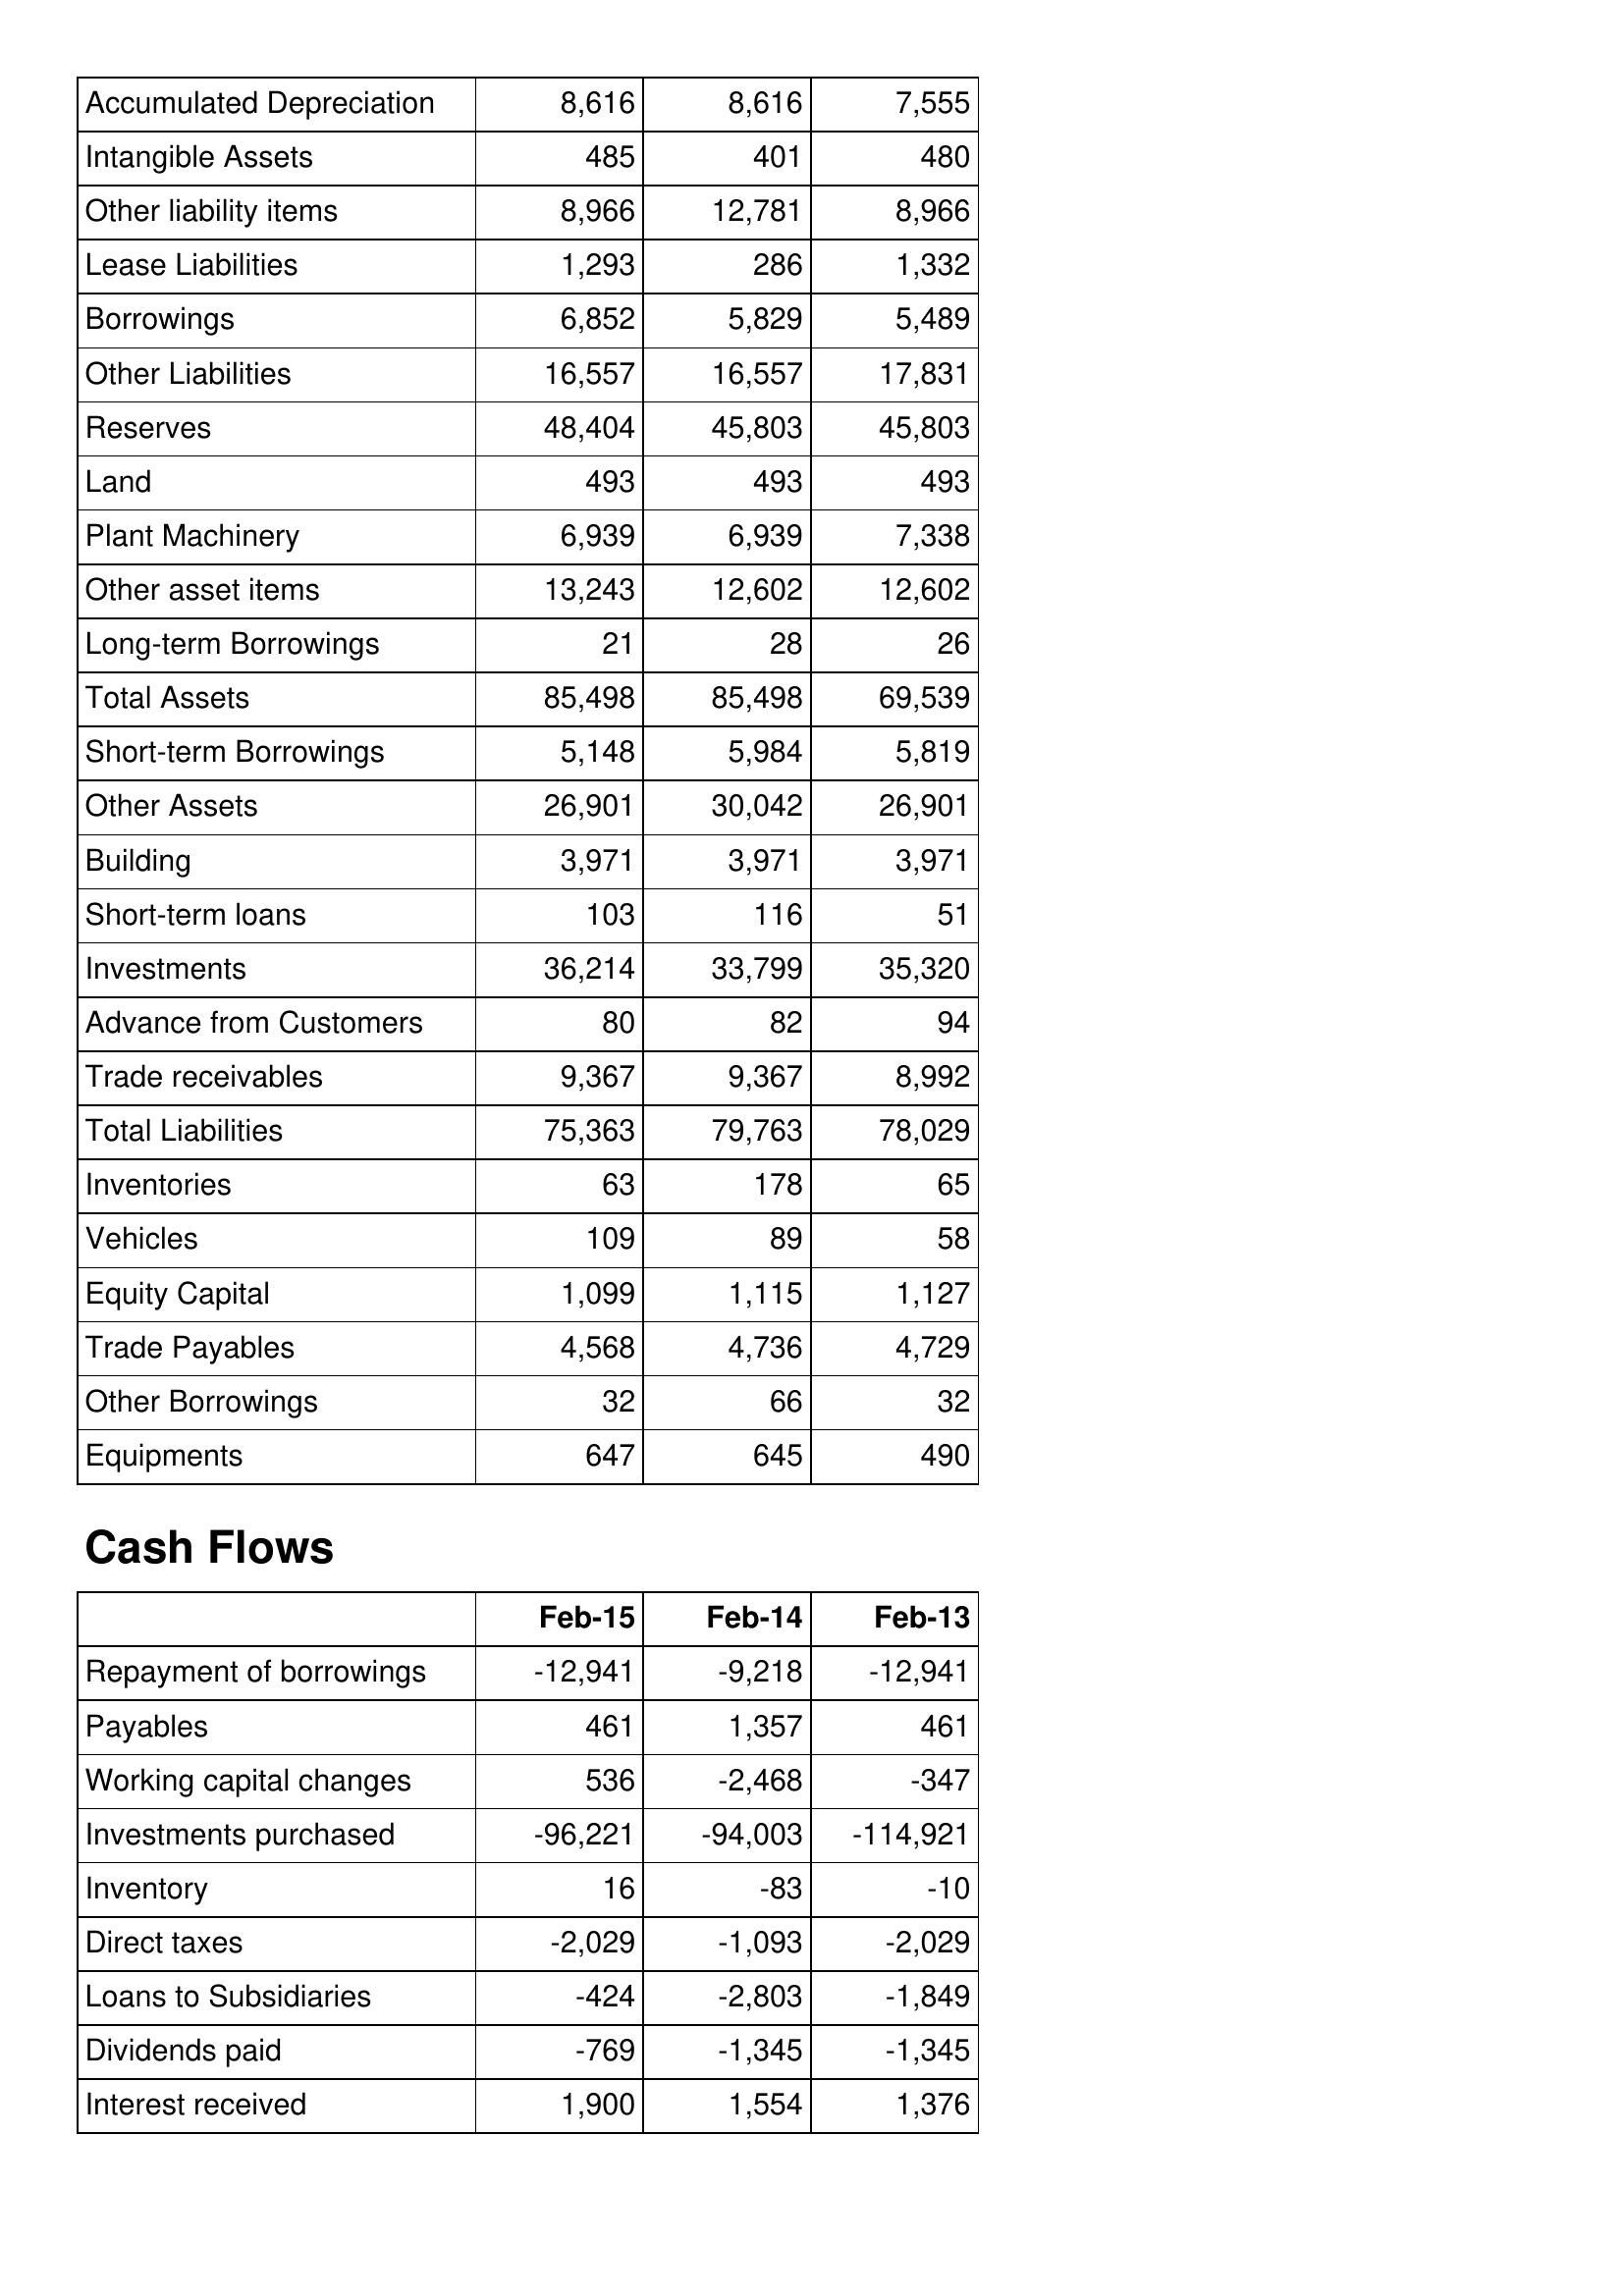
Feb-15: Balance Sheet: Accumulated Depreciation: 8,616
Intangible Assets: 485
Other liability items: 8,966
Lease Liabilities: 1,293
Borrowings: 6,852
Other Liabilities: 16,557
Reserves: 48,404
Land: 493
Plant Machinery: 6,939
Other asset items: 13,243
Long-term Borrowings: 21
Total Assets: 85,498
Short-term Borrowings: 5,148
Other Assets: 26,901
Building: 3,971
Short-term loans: 103
Investments: 36,214
Advance from Customers: 80
Trade receivables: 9,367
Total Liabilities: 75,363
Inventories: 63
Vehicles: 109
Equity Capital: 1,099
Trade Payables: 4,568
Other Borrowings: 32
Equipments: 647
Cash Flows: Repayment of borrowings: -12,941
Payables: 461
Working capital changes: 536
Investments purchased: -96,221
Inventory: 16
Direct taxes: -2,029
Loans to Subsidiaries: -424
Dividends paid: -769
Interest received: 1,900
Feb-14: Balance Sheet: Accumulated Depreciation: 8,616
Intangible Assets: 401
Other liability items: 12,781
Lease Liabilities: 286
Borrowings: 5,829
Other Liabilities: 16,557
Reserves: 45,803
Land: 493
Plant Machinery: 6,939
Other asset items: 12,602
Long-term Borrowings: 28
Total Assets: 85,498
Short-term Borrowings: 5,984
Other Assets: 30,042
Building: 3,971
Short-term loans: 116
Investments: 33,799
Advance from Customers: 82
Trade receivables: 9,367
Total Liabilities: 79,763
Inventories: 178
Vehicles: 89
Equity Capital: 1,115
Trade Payables: 4,736
Other Borrowings: 66
Equipments: 645
Cash Flows: Repayment of borrowings: -9,218
Payables: 1,357
Working capital changes: -2,468
Investments purchased: -94,003
Inventory: -83
Direct taxes: -1,093
Loans to Subsidiaries: -2,803
Dividends paid: -1,345
Interest received: 1,554
Feb-13: Balance Sheet: Accumulated Depreciation: 7,555
Intangible Assets: 480
Other liability items: 8,966
Lease Liabilities: 1,332
Borrowings: 5,489
Other Liabilities: 17,831
Reserves: 45,803
Land: 493
Plant Machinery: 7,338
Other asset items: 12,602
Long-term Borrowings: 26
Total Assets: 69,539
Short-term Borrowings: 5,819
Other Assets: 26,901
Building: 3,971
Short-term loans: 51
Investments: 35,320
Advance from Customers: 94
Trade receivables: 8,992
Total Liabilities: 78,029
Inventories: 65
Vehicles: 58
Equity Capital: 1,127
Trade Payables: 4,729
Other Borrowings: 32
Equipments: 490
Cash Flows: Repayment of borrowings: -12,941
Payables: 461
Working capital changes: -347
Investments purchased: -114,921
Inventory: -10
Direct taxes: -2,029
Loans to Subsidiaries: -1,849
Dividends paid: -1,345
Interest received: 1,376